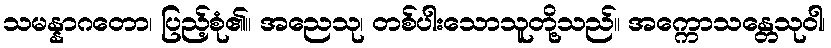
သမန္နာဂတော၊ ပြည့်စုံ၏။ အညေသု၊ တစ်ပါးသောသူတို့သည်။ အက္ကောသန္တေသုဝါ၊